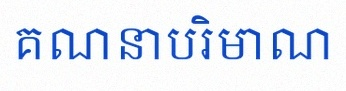
គណនាបរិមាណ